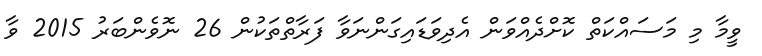
ވީމާ މި މަސައްކަތް ކޮށްދެއްވަން އެދިވަޑައިގަންނަވާ ފަރާތްތަކުން 26 ނޮވެންބަރު 2015 ވާ